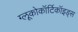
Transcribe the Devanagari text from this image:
ग्लूकोकॉर्टिकॉइड्स